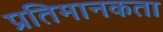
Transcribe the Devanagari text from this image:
प्रतिमानकता